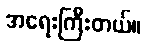
အရေးကြီးတယ်။